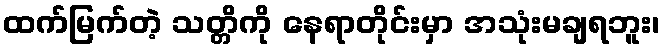
ထက်မြက်တဲ့ သတ္တိကို နေရာတိုင်းမှာ အသုံးမချရဘူး၊